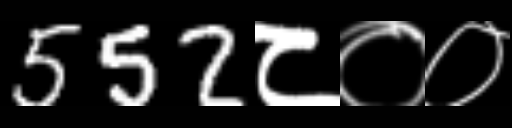
Text: 552८००